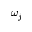
\omega _ { j }